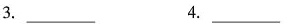
3. ___ 4. ___